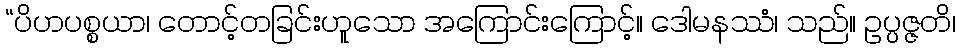
“ပိဟပစ္စယာ၊ တောင့်တခြင်းဟူသော အကြောင်းကြောင့်။ ဒေါမနဿံ၊ သည်။ ဥပ္ပဇ္ဇတိ၊